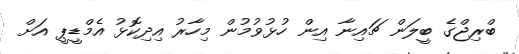
ބްރިޖްގެ ބީލަން ޗައިނާ އިން ހުޅުވުމުން މިހާރު އިދިކޮޅު އެމްޑީޕީ އަށް